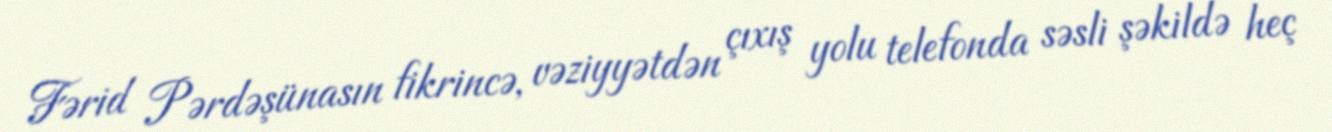
Fərid Pərdəşünasın fikrincə, vəziyyətdən çıxış yolu telefonda səsli şəkildə heç